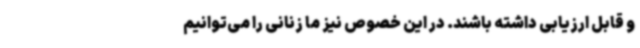
و قابل ارزیابی داشته باشند. در این خصوص نیز ما زنانی را می‌توانیم